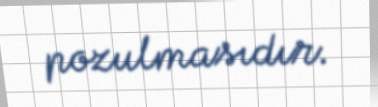
pozulmasıdır.